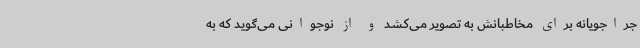
جراجویانه برای مخاطبانش به تصویر می‌کشد و از نوجوانی می‌گوید که به